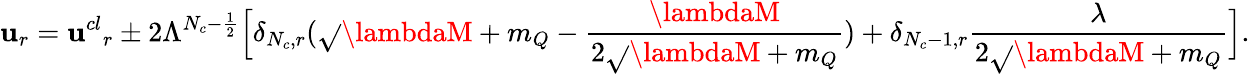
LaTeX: \mathbf{u}_{r}={\mathbf{u}^{cl}}_{r}\pm2\Lambda^{N_{c}-\frac{{1}}{{2}}}\Big[\delta_{N_{c},r}(\sqrt{}{{\lambdaM+m_{Q}}}-\frac{{\lambdaM}}{{2\sqrt{}{{\lambdaM+m_{Q}}}}})+\delta_{N_{c}-1,r}\frac{{\lambda}}{{2\sqrt{}{{\lambdaM+m_{Q}}}}}\Big].